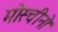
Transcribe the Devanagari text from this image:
मोस्चीनो